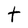
Character: t